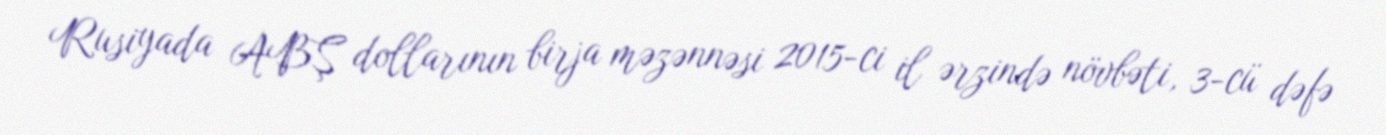
Rusiyada ABŞ dollarının birja məzənnəsi 2015-ci il ərzində növbəti, 3-cü dəfə